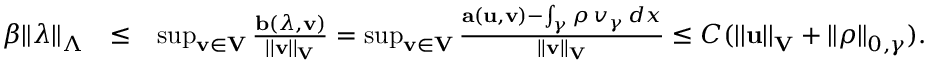
\begin{array} { r l r } { \beta \| \boldsymbol \lambda \| _ { \boldsymbol \Lambda } } & { \leq } & { \operatorname* { s u p } _ { { \bf v } \in { \bf V } } \frac { { \bf b } ( \boldsymbol \lambda , { \bf v } ) } { | | { \bf v } | | _ { \bf V } } = \operatorname* { s u p } _ { { \bf v } \in { \bf V } } \frac { { \bf a } ( { \bf u } , { \bf v } ) - \int _ { \gamma } \rho \, v _ { \gamma } \, d x } { | | { \bf v } | | _ { { \bf V } } } \leq C ( | | { \bf u } | | _ { \bf V } + \| \rho \| _ { 0 , \gamma } ) . } \end{array}